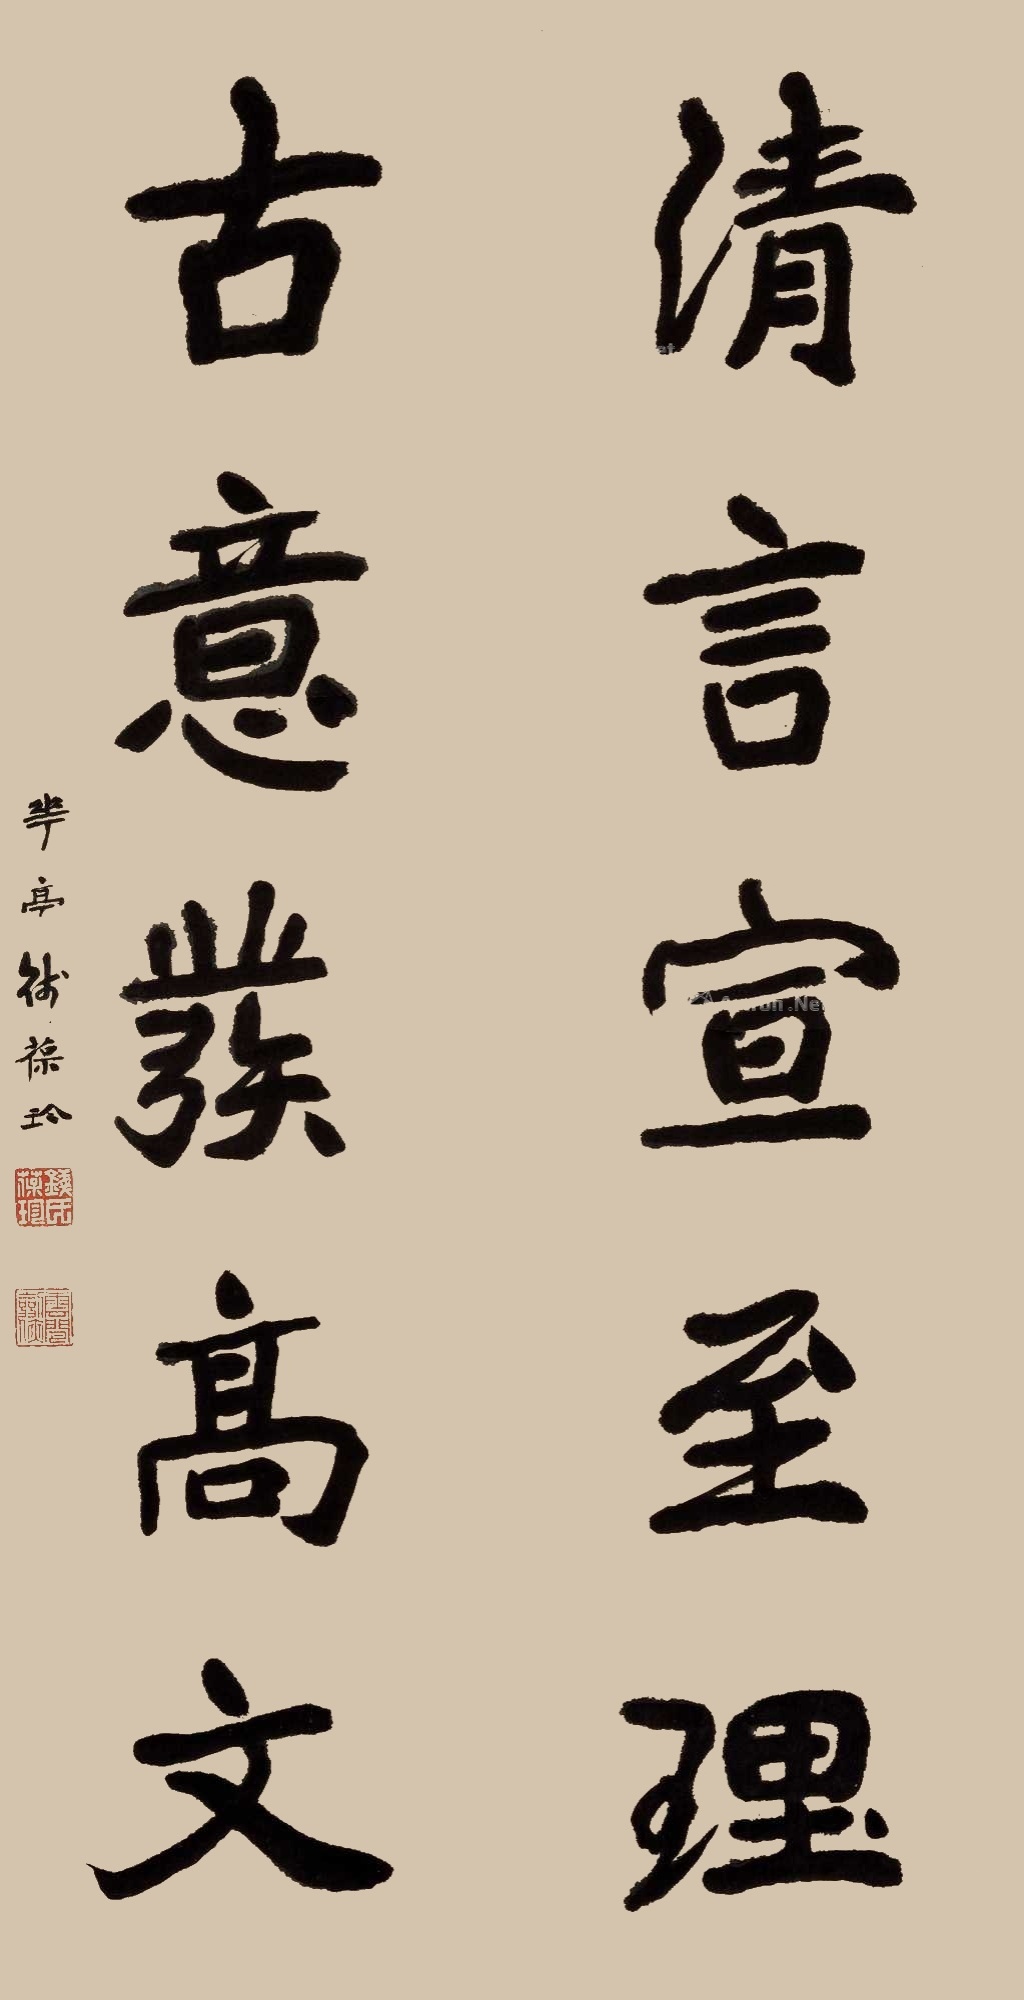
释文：清言宣至理，古意彂高文。华亭钱葆珍。